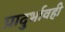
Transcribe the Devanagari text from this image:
प्रादुर्भावही